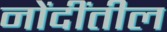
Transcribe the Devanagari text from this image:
नोंदींतील